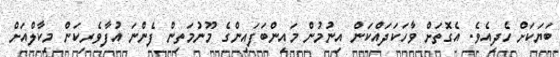
ބަޔަކަށް ހެދިއެވެ. އެގޮތަށް ވާހަކަދައްކަން އިނުމުން މައިންބަފައިންގެ މޫނުމަތިން ފެންނަ އުފާވެރިކަން މިކާލްއަށް